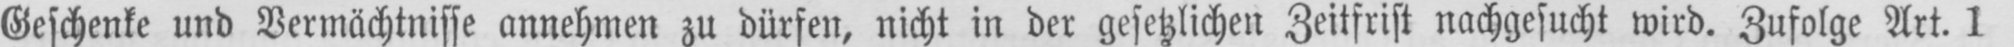
Geschenke und Vermächtnisse annehmen zu dürfen, nicht in der gesetzlichen Zeitfrist nachgesucht wird. Zufolge Art. 1